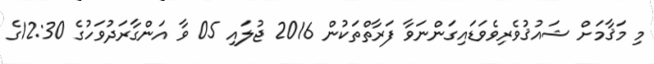
މި މަޤާމަށް ޝައުޤުވެރިވެވަޑައިގަންނަވާ ފަރާތްތަކުން 2016 ޖުލައި 05 ވާ އަންގާރަދުވަހުގެ 12:30ގެ